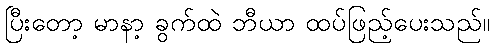
ပြီးတော့ မာနာ့ ခွက်ထဲ ဘီယာ ထပ်ဖြည့်ပေးသည်။